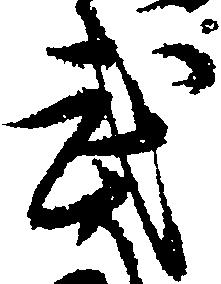
武